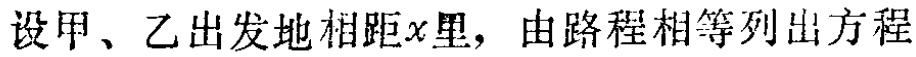
设甲、乙出发地相距\(x\)里，由路程相等列出方程